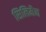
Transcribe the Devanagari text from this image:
सिलिमैन